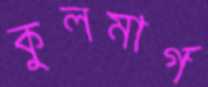
কুলমার্গ